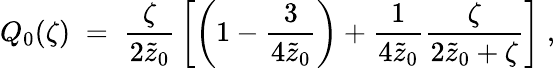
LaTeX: Q_{0}(\zeta)\; =\; {\frac{\zeta}{2\tilde{z}_{0}}}\left[\left(1-{\frac{3}{4\tilde{z}_{0}}}\right)+{\frac{1}{4\tilde{z}_{0}}}{\frac{\zeta}{2\tilde{z}_{0}+\zeta}}\right]\; ,